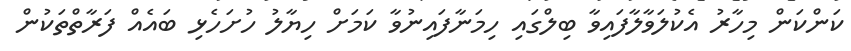
ކަންކަން މިހާރު އެކުލަވާލާފައިވާ ބިލްގައި ހިމަނާފައިނުވާ ކަމަށް ހިޔާލު ހުށަހެޅި ބައެއް ފަރާތްތަކުން